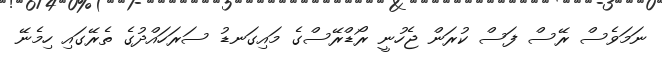
ނަމަވެސް ރޭސް ފަސް ކުރަން ޖެހުނީ ރޯޑްރޭސްގެ މައިގަނޑު ސަރަހައްދުގެ ތެރޭގައި ހިމެނޭ